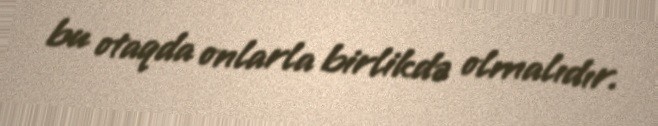
bu otaqda onlarla birlikdə olmalıdır.